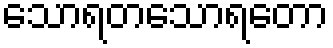
သောရတသောရတော